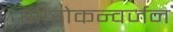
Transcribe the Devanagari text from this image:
सीरोकन्वर्जन